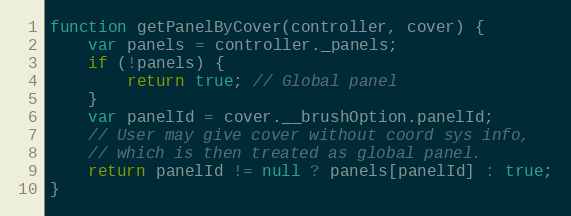
Language: JavaScript
function getPanelByCover(controller, cover) {
    var panels = controller._panels;
    if (!panels) {
        return true; // Global panel
    }
    var panelId = cover.__brushOption.panelId;
    // User may give cover without coord sys info,
    // which is then treated as global panel.
    return panelId != null ? panels[panelId] : true;
}